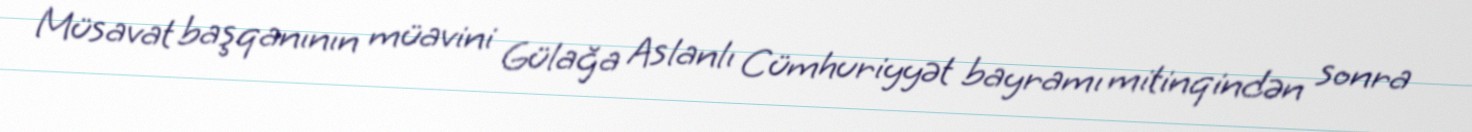
Müsavat başqanının müavini Gülağa Aslanlı Cümhuriyyət bayramı mitinqindən sonra